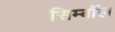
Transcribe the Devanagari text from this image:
सिम्बॉल